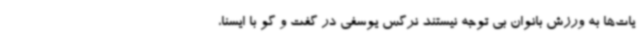
یات‌ها به ورزش بانوان بی توجه نیستند نرگس یوسفی در گفت و گو با ایسنا،